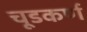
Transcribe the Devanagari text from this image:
चूडकर्ण